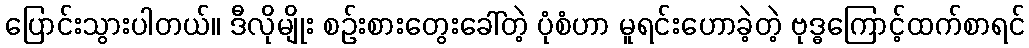
ပြောင်းသွားပါတယ်။ ဒီလိုမျိုး စဉ်းစားတွေးခေါ်တဲ့ ပုံစံဟာ မူရင်းဟောခဲ့တဲ့ ဗုဒ္ဓကြောင့်ထက်စာရင်